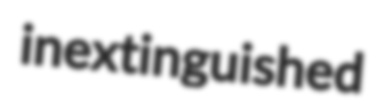
inextinguished